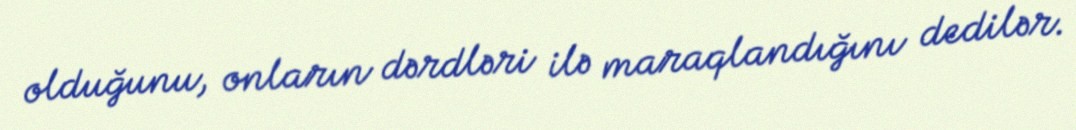
olduğunu, onların dərdləri ilə maraqlandığını dedilər.